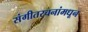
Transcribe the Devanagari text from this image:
संगीतरचनांमधून